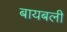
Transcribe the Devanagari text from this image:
बायबली